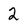
Character: 2